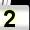
Digit: 2